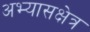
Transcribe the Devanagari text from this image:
अभ्यासक्षेत्र